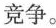
竞争.